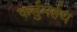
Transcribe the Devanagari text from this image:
कर्तुमर्हथ